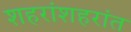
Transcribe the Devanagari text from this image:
शहरांशहरांत